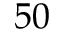
5 0